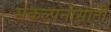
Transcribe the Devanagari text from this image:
संकल्पनासाठी